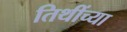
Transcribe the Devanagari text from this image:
तिथींच्या